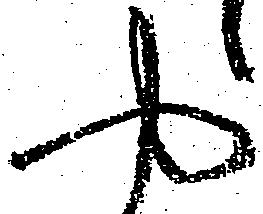
や